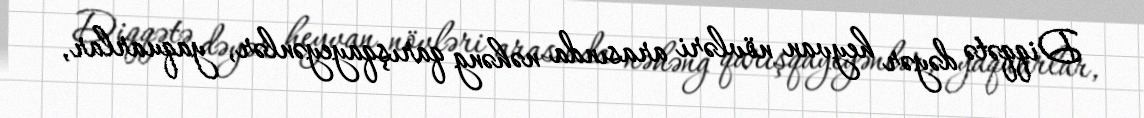
Diqqətə dəyər heyvan növləri arasında nəhəng qarışqayeyənlər, yaquarlar,